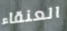
العنقاء